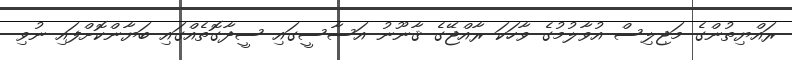
ރައްޔިތުންގެ މަޖިލިސް އުވާލުމުގެ ވާހަކަ ރާއްޖޭގެ ޤާނޫނު އަސާސީގައި ސީދާގޮތެއްގައި ބަޔާންކޮށްފައި ނުވި